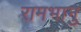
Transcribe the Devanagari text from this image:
रामभानु